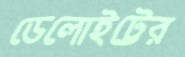
ডেলোইট্টের